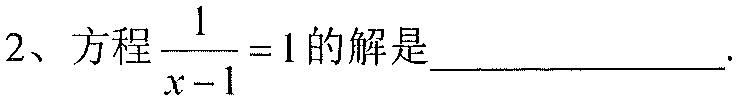
2、方程\(\dfrac{1}{x - 1}=1\)的解是_____________.